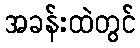
အခန်းထဲတွင်